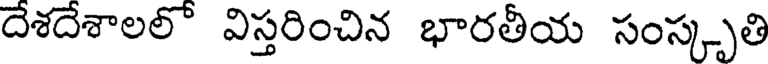
దేశదేశాలలో విస్తరించిన భారతీయ సంస్కృతి